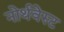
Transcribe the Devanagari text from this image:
नोर्थवेस्ट